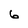
Character: 6